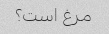
مرغ است؟